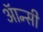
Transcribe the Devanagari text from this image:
ऑन्सी